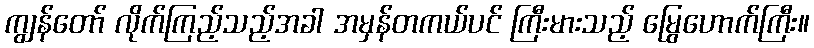
ကျွန်တော် လိုက်ကြည့်သည့်အခါ အမှန်တကယ်ပင် ကြီးမားသည့် မြွေဟောက်ကြီး။